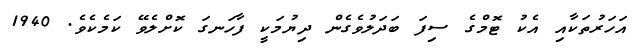
އަހަރުތަކާއި އެކު ޓޮމްގެ ސިފަ ބަދަލުވެގެން ދިޔުމަކީ ފާހަނގަ ކޮށްލެވޭ ކަމެކެވެ. 1940